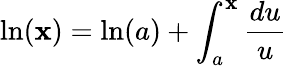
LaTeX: \ln(\mathbf{x})=\ln(a)+\int_{a}^{\mathbf{x}}{\frac{{du}}{{u}}}